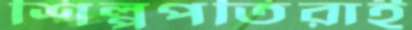
শিল্পপতিরাই